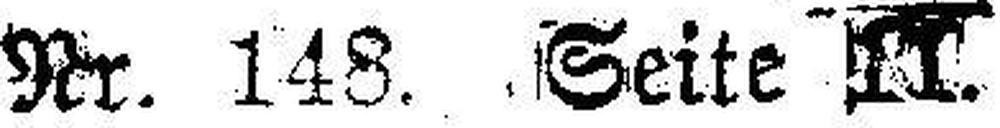
Nr. 148. Seite 11.